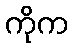
ကိုက